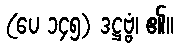
(ပေ ၁၄၅) ဒဋ္ဌဗ္ဗံ၊ ၏။